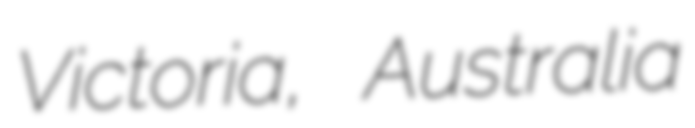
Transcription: Victoria, Australia